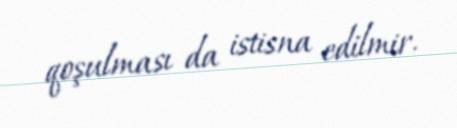
qoşulması da istisna edilmir.